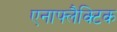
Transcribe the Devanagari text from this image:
एनाफ्लैक्टिक